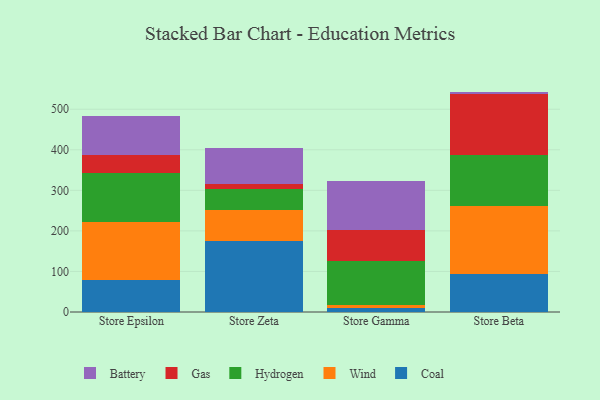
{"axis": {"x": "Store", "y": "Customer Acquisition Cost (USD)"}, "legend": ["Battery", "Coal", "Gas", "Hydrogen", "Wind"], "data": [{"x": "Store Epsilon", "y": 79.6, "type": "Coal"}, {"x": "Store Epsilon", "y": 141.8, "type": "Wind"}, {"x": "Store Epsilon", "y": 122.2, "type": "Hydrogen"}, {"x": "Store Epsilon", "y": 42.8, "type": "Gas"}, {"x": "Store Epsilon", "y": 96.5, "type": "Battery"}, {"x": "Store Zeta", "y": 175.3, "type": "Coal"}, {"x": "Store Zeta", "y": 75.8, "type": "Wind"}, {"x": "Store Zeta", "y": 52.0, "type": "Hydrogen"}, {"x": "Store Zeta", "y": 13.7, "type": "Gas"}, {"x": "Store Zeta", "y": 86.5, "type": "Battery"}, {"x": "Store Gamma", "y": 10.7, "type": "Coal"}, {"x": "Store Gamma", "y": 7.7, "type": "Wind"}, {"x": "Store Gamma", "y": 106.7, "type": "Hydrogen"}, {"x": "Store Gamma", "y": 78.1, "type": "Gas"}, {"x": "Store Gamma", "y": 120.9, "type": "Battery"}, {"x": "Store Beta", "y": 94.1, "type": "Coal"}, {"x": "Store Beta", "y": 167.2, "type": "Wind"}, {"x": "Store Beta", "y": 126.1, "type": "Hydrogen"}, {"x": "Store Beta", "y": 150.4, "type": "Gas"}, {"x": "Store Beta", "y": 5.7, "type": "Battery"}]}